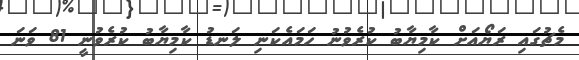
މެޗުގައި ރަޔޯއަށް ކާމިޔާބު ކުރެވުނު ހަމައެކަނި ލަނޑު ކާމިޔާބު ކުރެވުނީ 81 ވަނަ